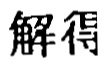
解得